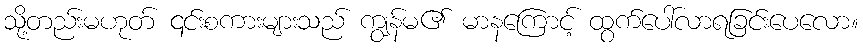
သို့တည်းမဟုတ် ၎င်းစကားများသည် ကျွန်မ၏ မာနကြောင့် ထွက်ပေါ်လာရခြင်းပေလော။